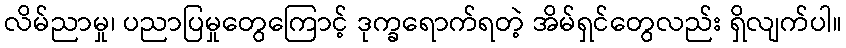
လိမ်ညာမှု၊ ပညာပြမှုတွေကြောင့် ဒုက္ခရောက်ရတဲ့ အိမ်ရှင်တွေလည်း ရှိလျက်ပါ။